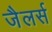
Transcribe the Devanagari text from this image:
जैलर्स